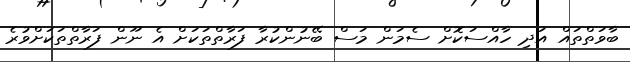
ބާވަތްތައް އަދި ހާއްސަކޮށް ސެމަން މަސް ބޭނުންކުރާ ފަރާތްތަކަށް އެ ނޫން ފަރާތްތަކަށްވުރެ